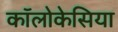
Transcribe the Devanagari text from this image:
कॉलोकेसिया